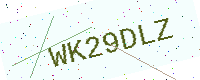
Text: WK29DLZ